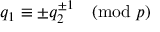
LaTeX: q _ { 1 } \equiv \pm q _ { 2 } ^ { \pm 1 } { \pmod { p } }